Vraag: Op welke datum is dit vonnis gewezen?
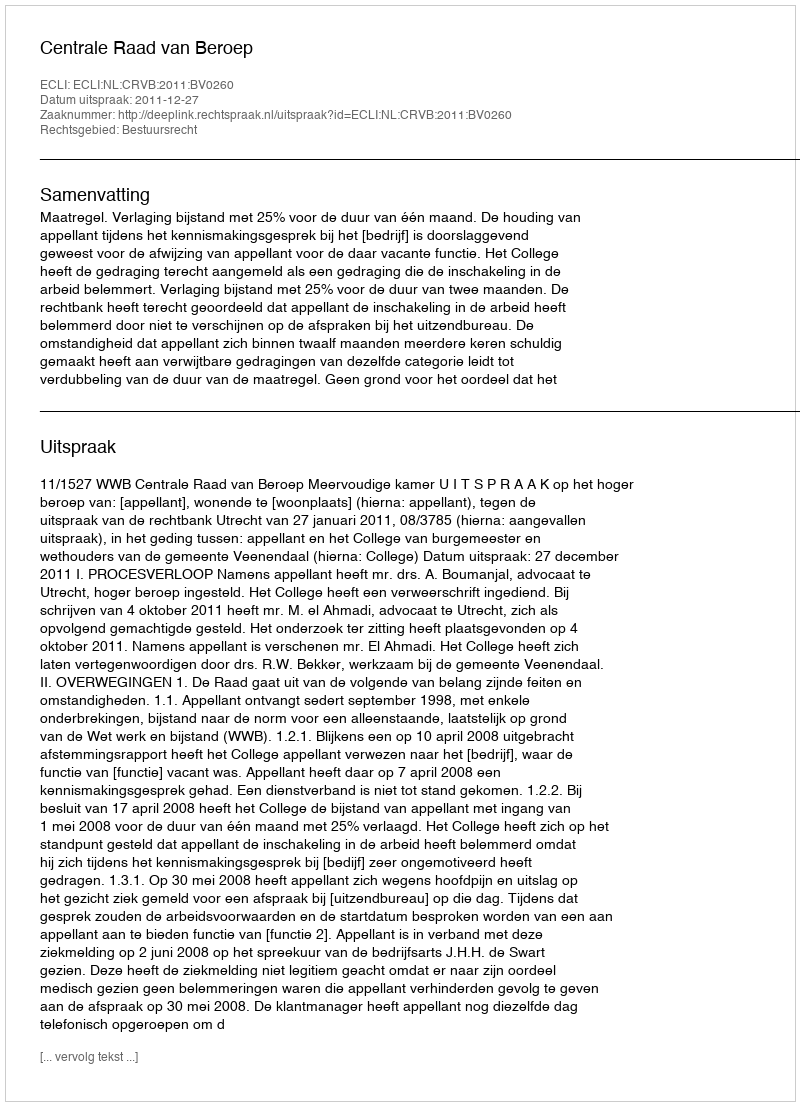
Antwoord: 2011-12-27